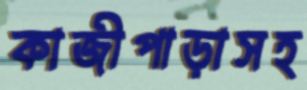
কাজীপাড়াসহ